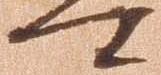
可